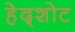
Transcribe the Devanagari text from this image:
हेद्शोट